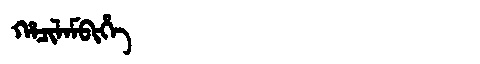
Manchu: ᡥᠠᠴᡳᠯᠠᠮᠪᡳᡥᡝ
Romanization: HACILAMBIHE